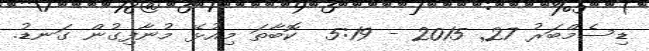
ޑިސެމްބަރު 27